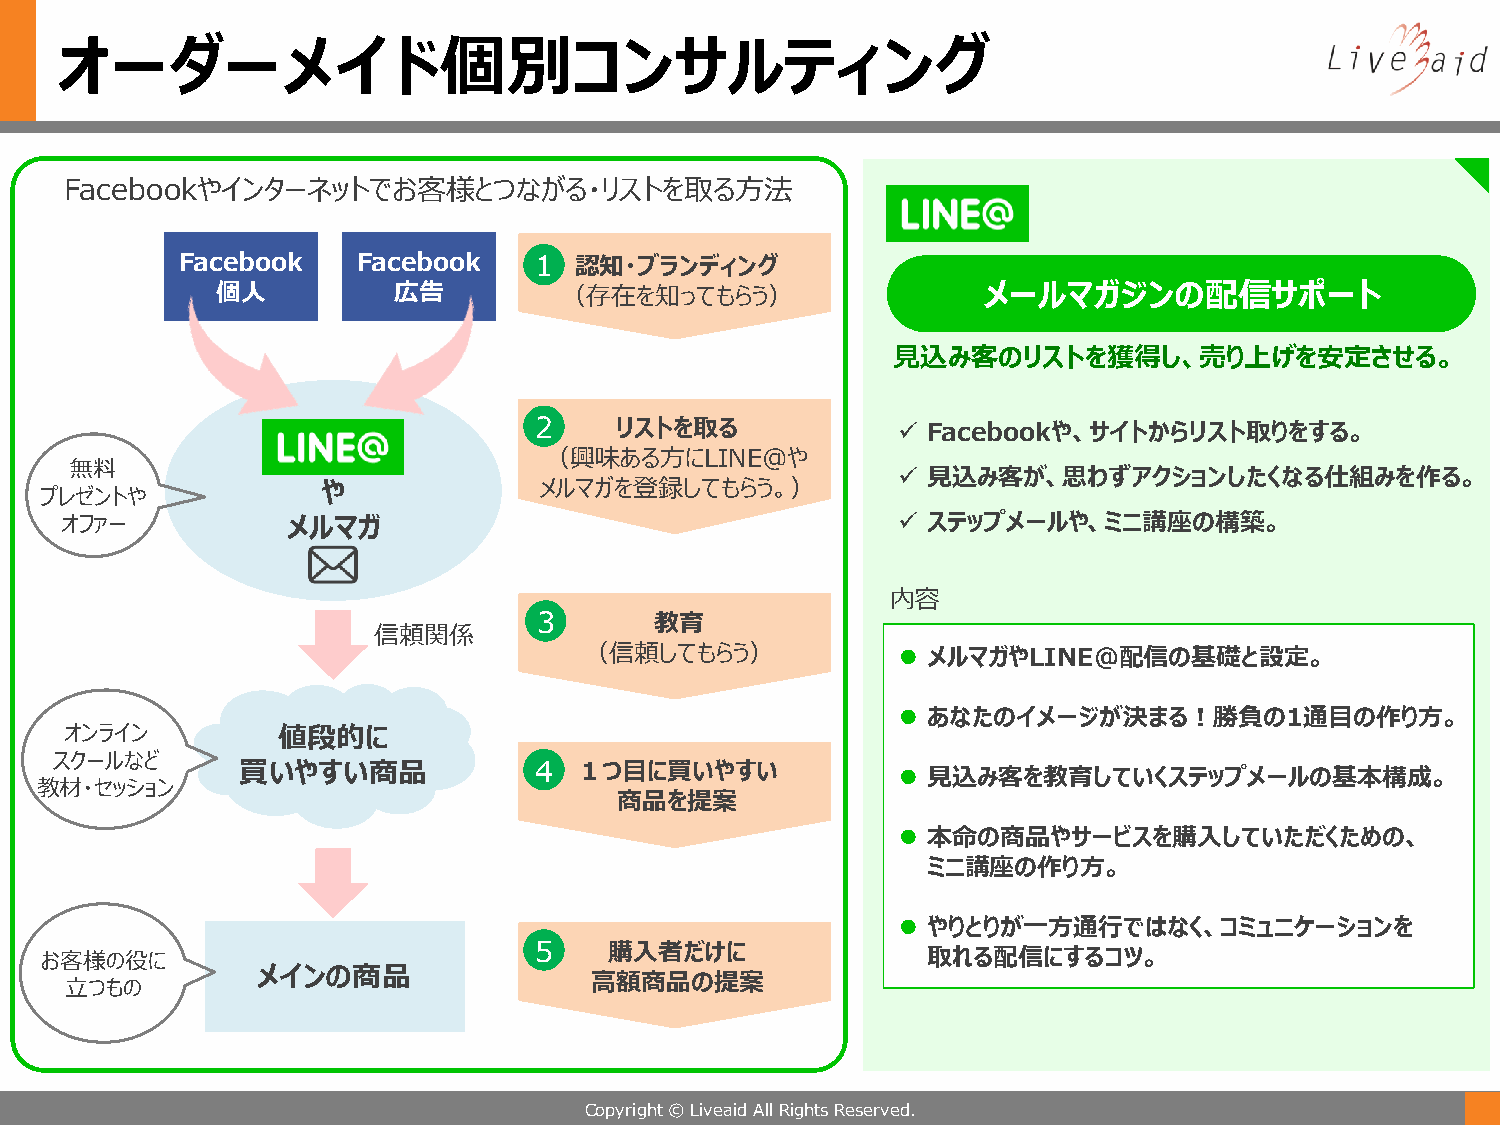
オーダーメイド個別コンサルティング
 Facebookやインターネットでお客様とつながる・リストを取る方法
 Facebook    Facebook   1  認知・ブランディング
 個人          広告         （存在を知ってもらう）                 メールマガジンの配信サポート
 見込み客のリストを獲得し、売り上げを安定させる。
 2     リストを取る             Facebookや、サイトからリスト取りをする。
 （興味ある方にLINE@や
 無料
  見込み客が、思わずアクションしたくなる仕組みを作る。
 や              メルマガを登録してもらう。）
 プレゼントや
 オファー           メルマガ                                     ステップメールや、ミニ講座の構築。
 内容
 3      教育
 信頼関係
 （信頼してもらう）            メルマガやLINE@配信の基礎と設定。
  あなたのイメージが決まる！勝負の1通目の作り方。
 オンライン         値段的に
 スクールなど
 買いやすい商品            4  １つ目に買いやすい             見込み客を教育していくステップメールの基本構成。
 教材・セッション
 商品を提案
  本命の商品やサービスを購入していただくための、
 ミニ講座の作り方。
  やりとりが一方通行ではなく、コミュニケーションを
 お客様の役に                          5    購入者だけに               取れる配信にするコツ。
 メインの商品
 高額商品の提案
 立つもの
 Copyright © Liveaid All Rights Reserved.